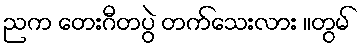
ညက တေးဂီတပွဲ တက်သေးလား ။တွမ်